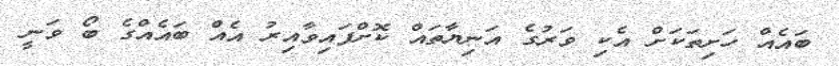
ބައެއް ހަށިތަކަށް އެކި ވަރުގެ އަނިޔާތައް ކޮށްފައިވާއިރު އެއް ބައެއްގެ ބޯ ވަނީ